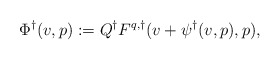
\begin{align*}\Phi^\dagger(v,p) := Q^\dagger F^{q,\dagger}(v + \psi^\dagger(v,p),p),\end{align*}